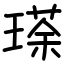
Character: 瑹